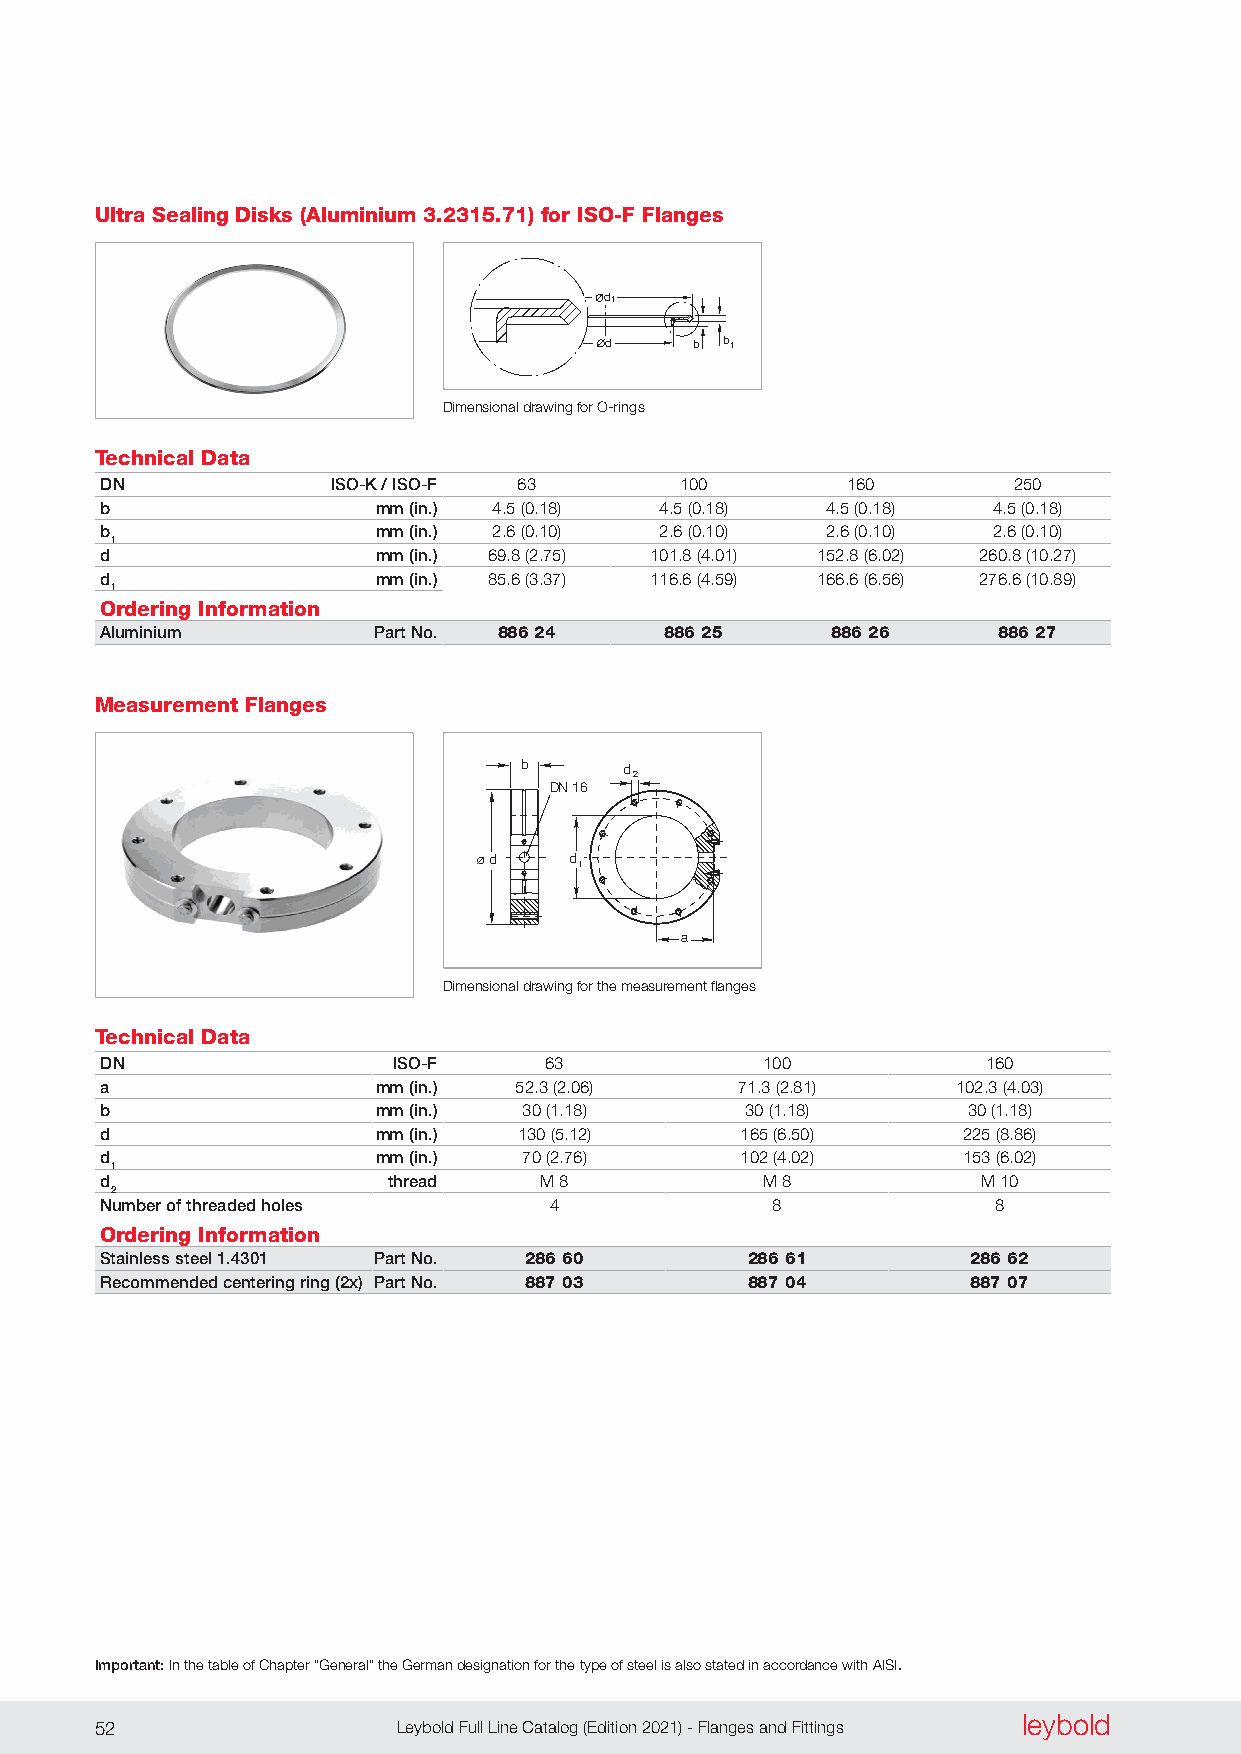
Ultra Sealing Disks (Aluminium 3.2315.71) for ISO-F Flanges
 d1
 d     b b 1
 Dimensional drawing for O-rings
 Technical Data
 DN             ISO-K / ISO-F 63       100        160        250
 b                 mm (in.) 4 .5 (0 .18) 4 .5 (0 .18) 4 .5 (0 .18) 4 .5 (0 .18)
 b                 mm (in.) 2 .6 (0 .10) 2 .6 (0 .10) 2 .6 (0 .10) 2 .6 (0 .10)
 1
 d                 mm (in.) 69 .8 (2 .75) 101 .8 (4 .01) 152 .8 (6 .02) 260 .8 (10 .27)
 d                 mm (in.) 85 .6 (3 .37) 116 .6 (4 .59) 166 .6 (6 .56) 276 .6 (10 .89)
 1
 Ordering Information
 Aluminium         Part No. 886 24    886 25     886 26     886 27
 Measurement Flanges
 b      d
 2
 DN 16
 ød    d
 1
 a
 Dimensional drawing for the measurement flanges
 Technical Data
 DN                 ISO-F     63            100            160
 a                 mm (in.) 52 .3 (2 .06)  71 .3 (2 .81) 102 .3 (4 .03)
 b                 mm (in.)  30 (1 .18)    30 (1 .18)     30 (1 .18)
 d                 mm (in.) 130 (5 .12)    165 (6 .50)    225 (8 .86)
 d                 mm (in.)  70 (2 .76)    102 (4 .02)    153 (6 .02)
 1
 d                  thread    M 8           M 8            M 10
 2
 Number of threaded holes     4              8              8
 Ordering Information
 Stainless steel 1.4301 Part No. 286 60    286 61         286 62
 Recommended centering ring (2x) Part No. 887 03 887 04   887 07
 Important: In the table of Chapter “General” the German designation for the type of steel is also stated in accordance with AISI.
 leybold
 52                  Leybold Full Line Catalog (Edition 2021) - Flanges and Fittings